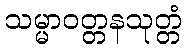
သမ္မာဝတ္တနသုတ္တံ